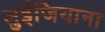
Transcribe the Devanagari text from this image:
लुईजियाना